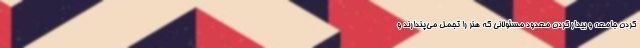
کردن جامعه و بیدار کردن معدود مسئولانی که هنر را تجمل می‌پندارند و